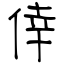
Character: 倖